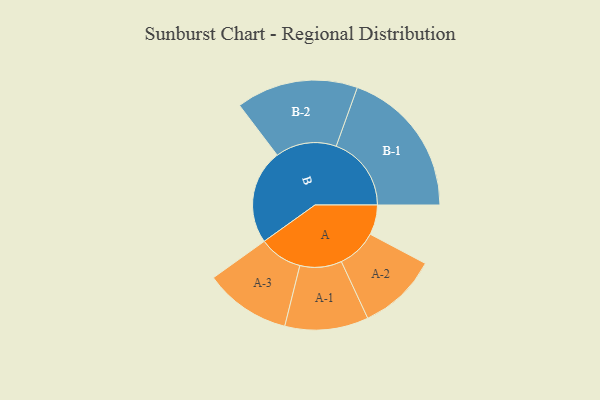
{"axis": {"x": "Segment", "y": "Value"}, "legend": ["", "A", "B"], "data": [{"x": "A", "y": 118, "type": ""}, {"x": "B", "y": 374, "type": ""}, {"x": "A-1", "y": 165, "type": "A"}, {"x": "A-2", "y": 157, "type": "A"}, {"x": "A-3", "y": 171, "type": "A"}, {"x": "B-1", "y": 297, "type": "B"}, {"x": "B-2", "y": 241, "type": "B"}]}